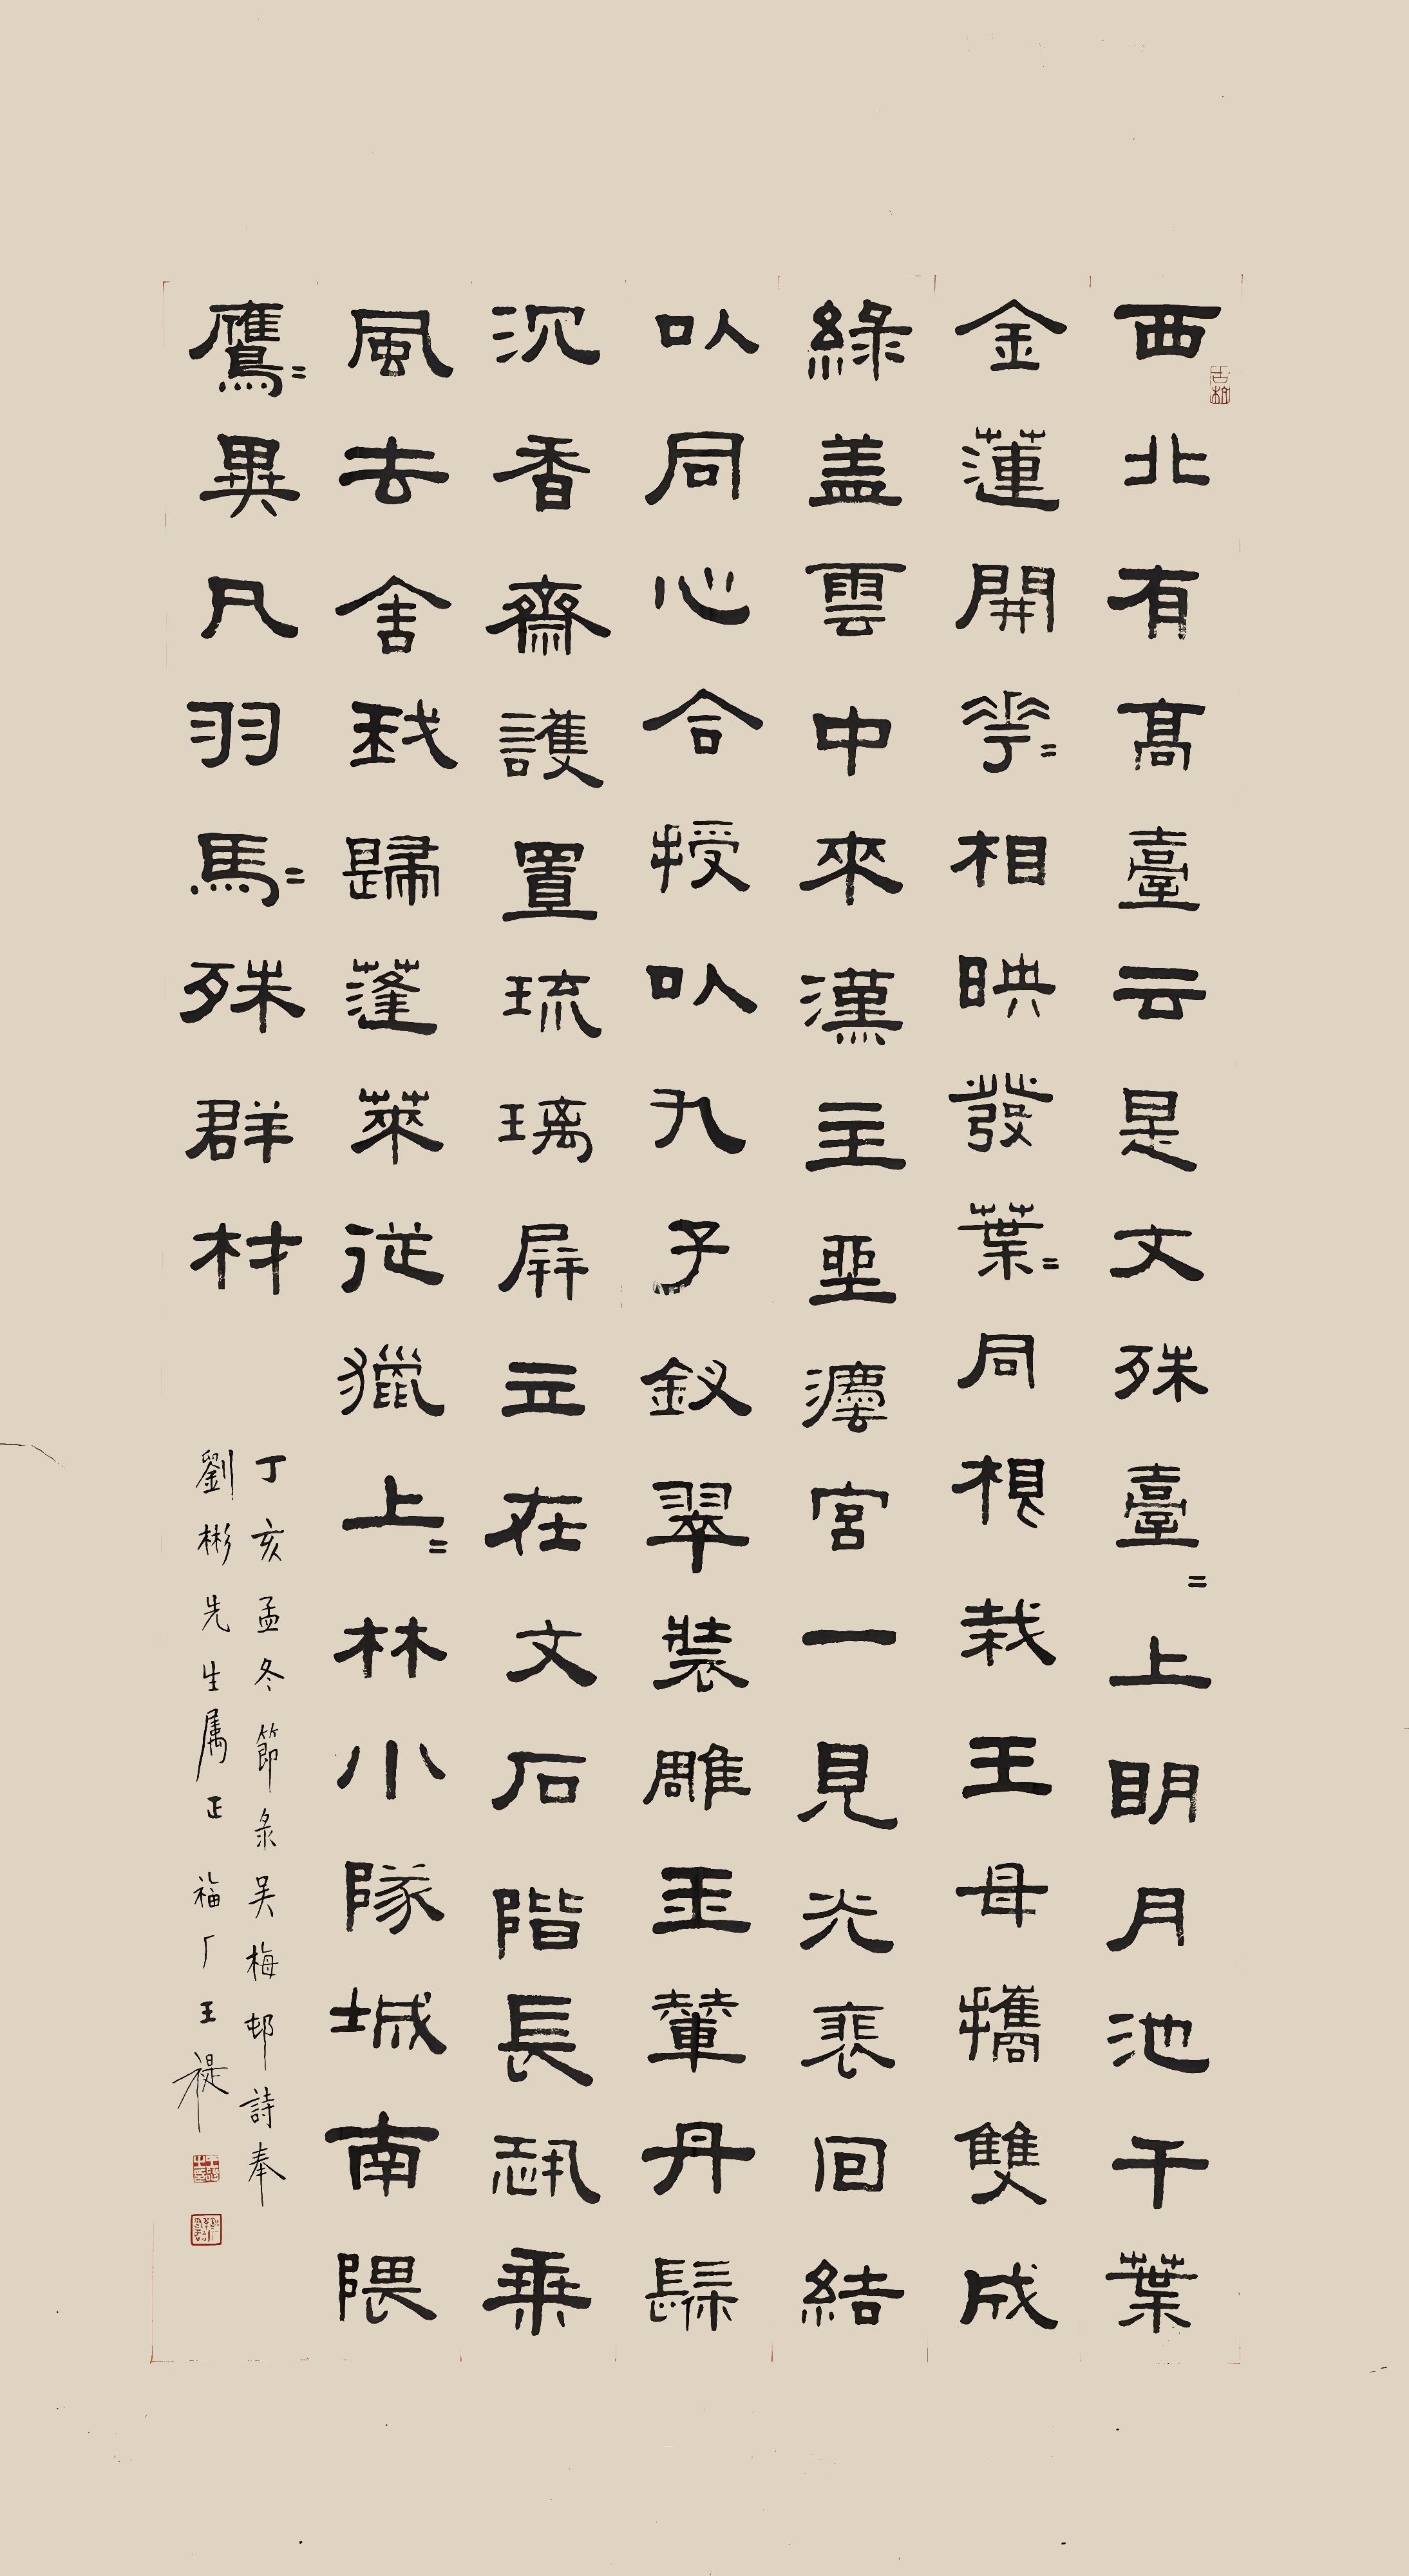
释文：西北有高山，云是文殊台。台上明月池，干叶金莲开。花花相映发，叶叶同根栽。王母携双成，绿盖云中来。汉王坐法宫，一见光徘徊。结以同心合，授以九子钗。翠装雕玉辇，丹髹沉香斋。护置琉璃屏，立在文石阶。长恐乘风去，舍我归蓬莱。从猎往上林，小队城南隈。鹰鹰异凡羽，马马殊群材。丁亥孟冬，节录吴梅村诗，奉刘彬先生属正。福厂王禔。